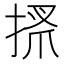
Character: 𢮞